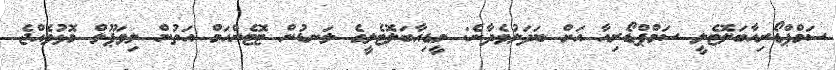
ސަމްޕްޑޯރިއާބަލޮޓެލީ ސަމްޕްޑޯރިއާ އަށް ބަދަލުވެދާނެ: މީޑިއާބަލޮޓެލީގެ ލަނޑުން ޓޮޓެންހަމް އަތުން ލިވަޕޫލް މޮޅުވެއްޖެ